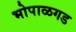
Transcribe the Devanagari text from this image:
भोपाळगड